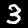
Label: 3